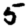
Digit: 5